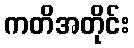
ကတိအတိုင်း